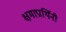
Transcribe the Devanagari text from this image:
क्षमाप्रार्थिनी